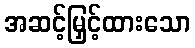
အဆင့်မြှင့်ထားသော